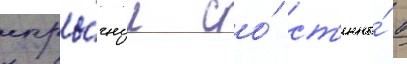
спры́гнул со́ ст'ены́ в